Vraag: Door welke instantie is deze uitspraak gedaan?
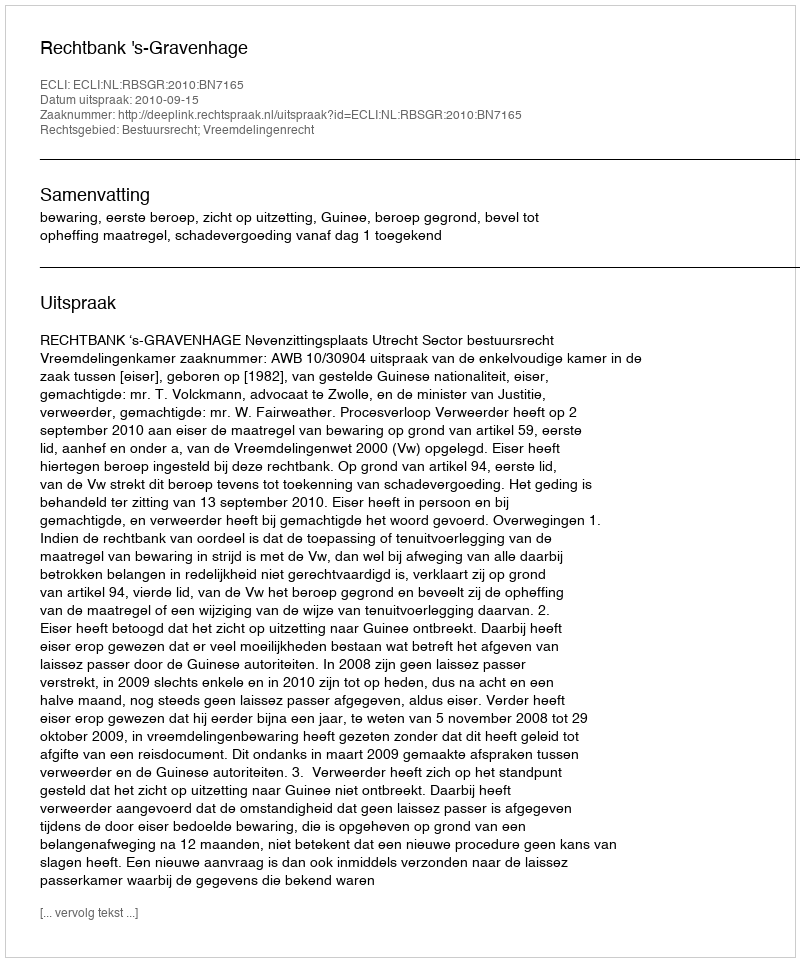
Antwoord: Rechtbank 's-Gravenhage